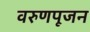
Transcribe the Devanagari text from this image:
वरुणपूजन